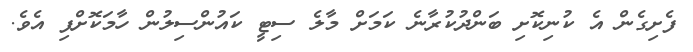
ފެށިގެން އެ ކުނިކޮށި ބަންދުކުރާނެ ކަމަށް މާލެ ސިޓީ ކައުންސިލުން ހާމަކޮށްފި އެވެ.